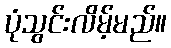
ပုံသွင်းလိမ့်မည်။